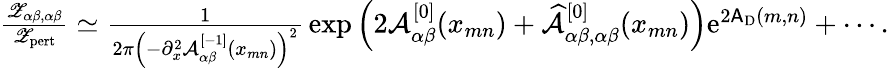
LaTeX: \begin{array}{r}{\frac{{\mathscr Z}_{\alpha\beta,\alpha\beta}}{{\mathscr Z}_{\mathrm{pert}}}\simeq\frac{1}{2\pi\left(-\partial_{x}^{2}{\mathcal A}_{\alpha\beta}^{[-1]}(x_{mn})\right)^{2}}\, \exp\left(2{\mathcal A}_{\alpha\beta}^{[0]}(x_{mn})+\widehat{{\mathcal A}}_{\alpha\beta,\alpha\beta}^{[0]}(x_{mn})\right){\mathrm{e}}^{2\mathsf{A}_{\mathrm{D}}(m,n)}+\cdots.}\end{array}